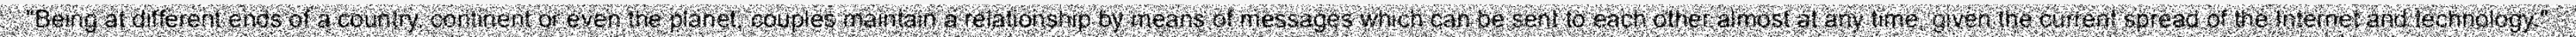
"Being at different ends of a country, continent or even the planet, couples maintain a relationship by means of messages which can be sent to each other almost at any time, given the current spread of the Internet and technology."